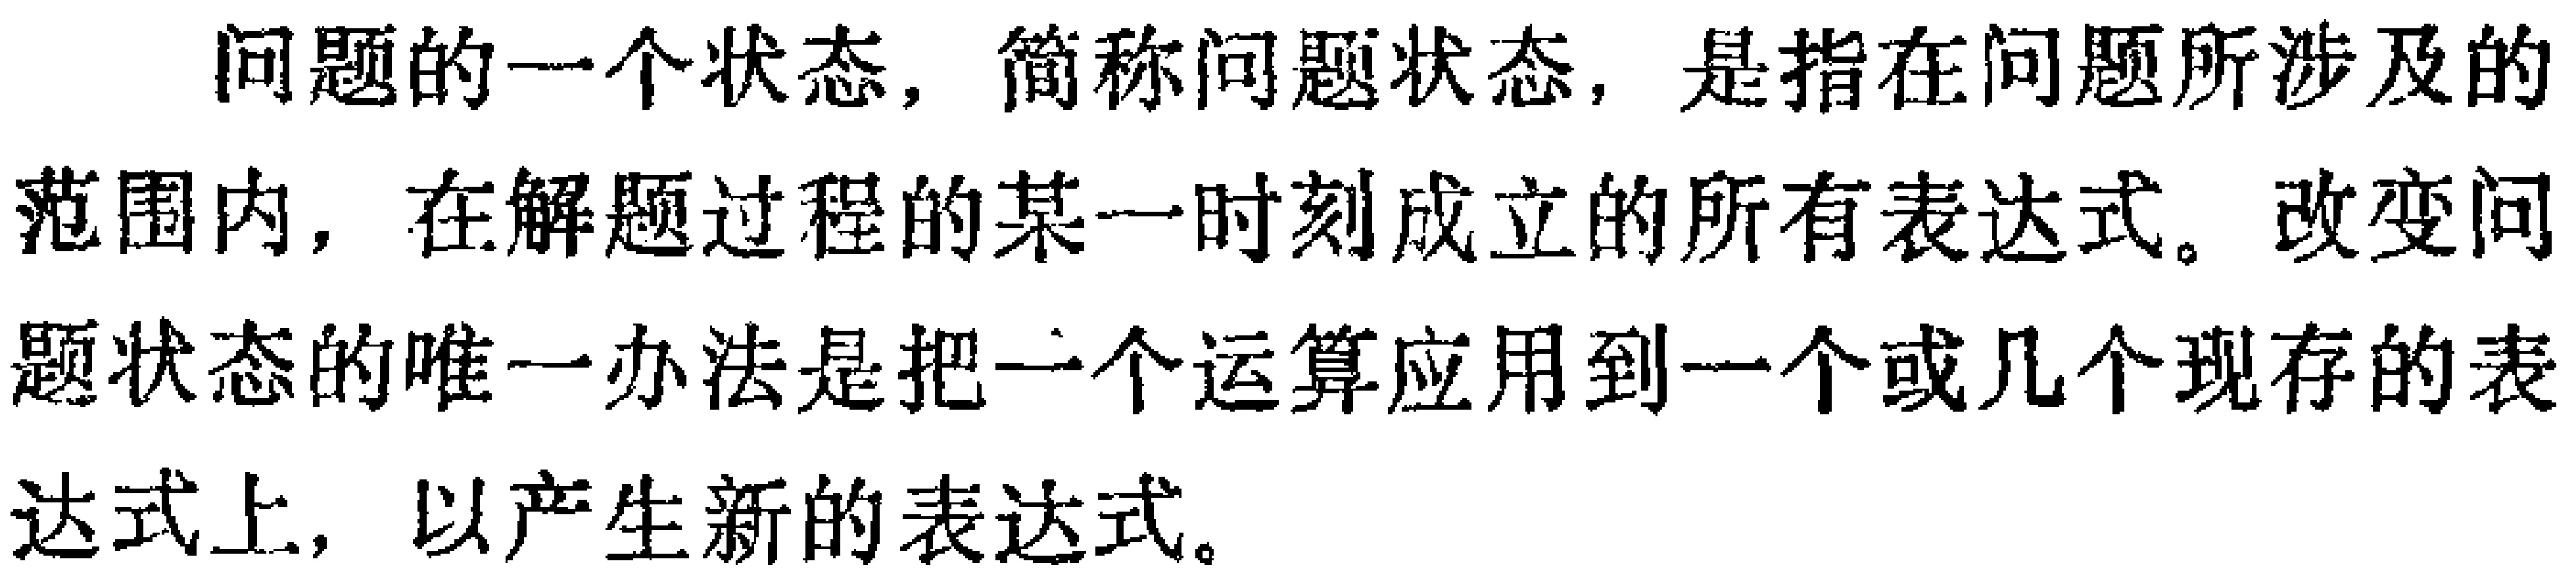
问题的一个状态，简称问题状态，是指在问题所涉及的范围内，在解题过程的某一时刻成立的所有表达式。改变问题状态的唯一办法是把一个运算应用到一个或几个现存的表达式上，以产生新的表达式。